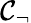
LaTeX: \mathcal{C}_{\neg}